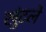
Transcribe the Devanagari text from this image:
खुंटले